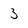
Character: 3